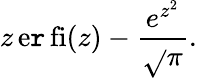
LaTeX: z\operatorname{e\mathtt{r}fi}(z)-{\frac{{e^{z^{2}}}}{{\sqrt{}{{\pi}}}}}.